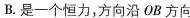
B.是一个恒力，方向沿OB方向